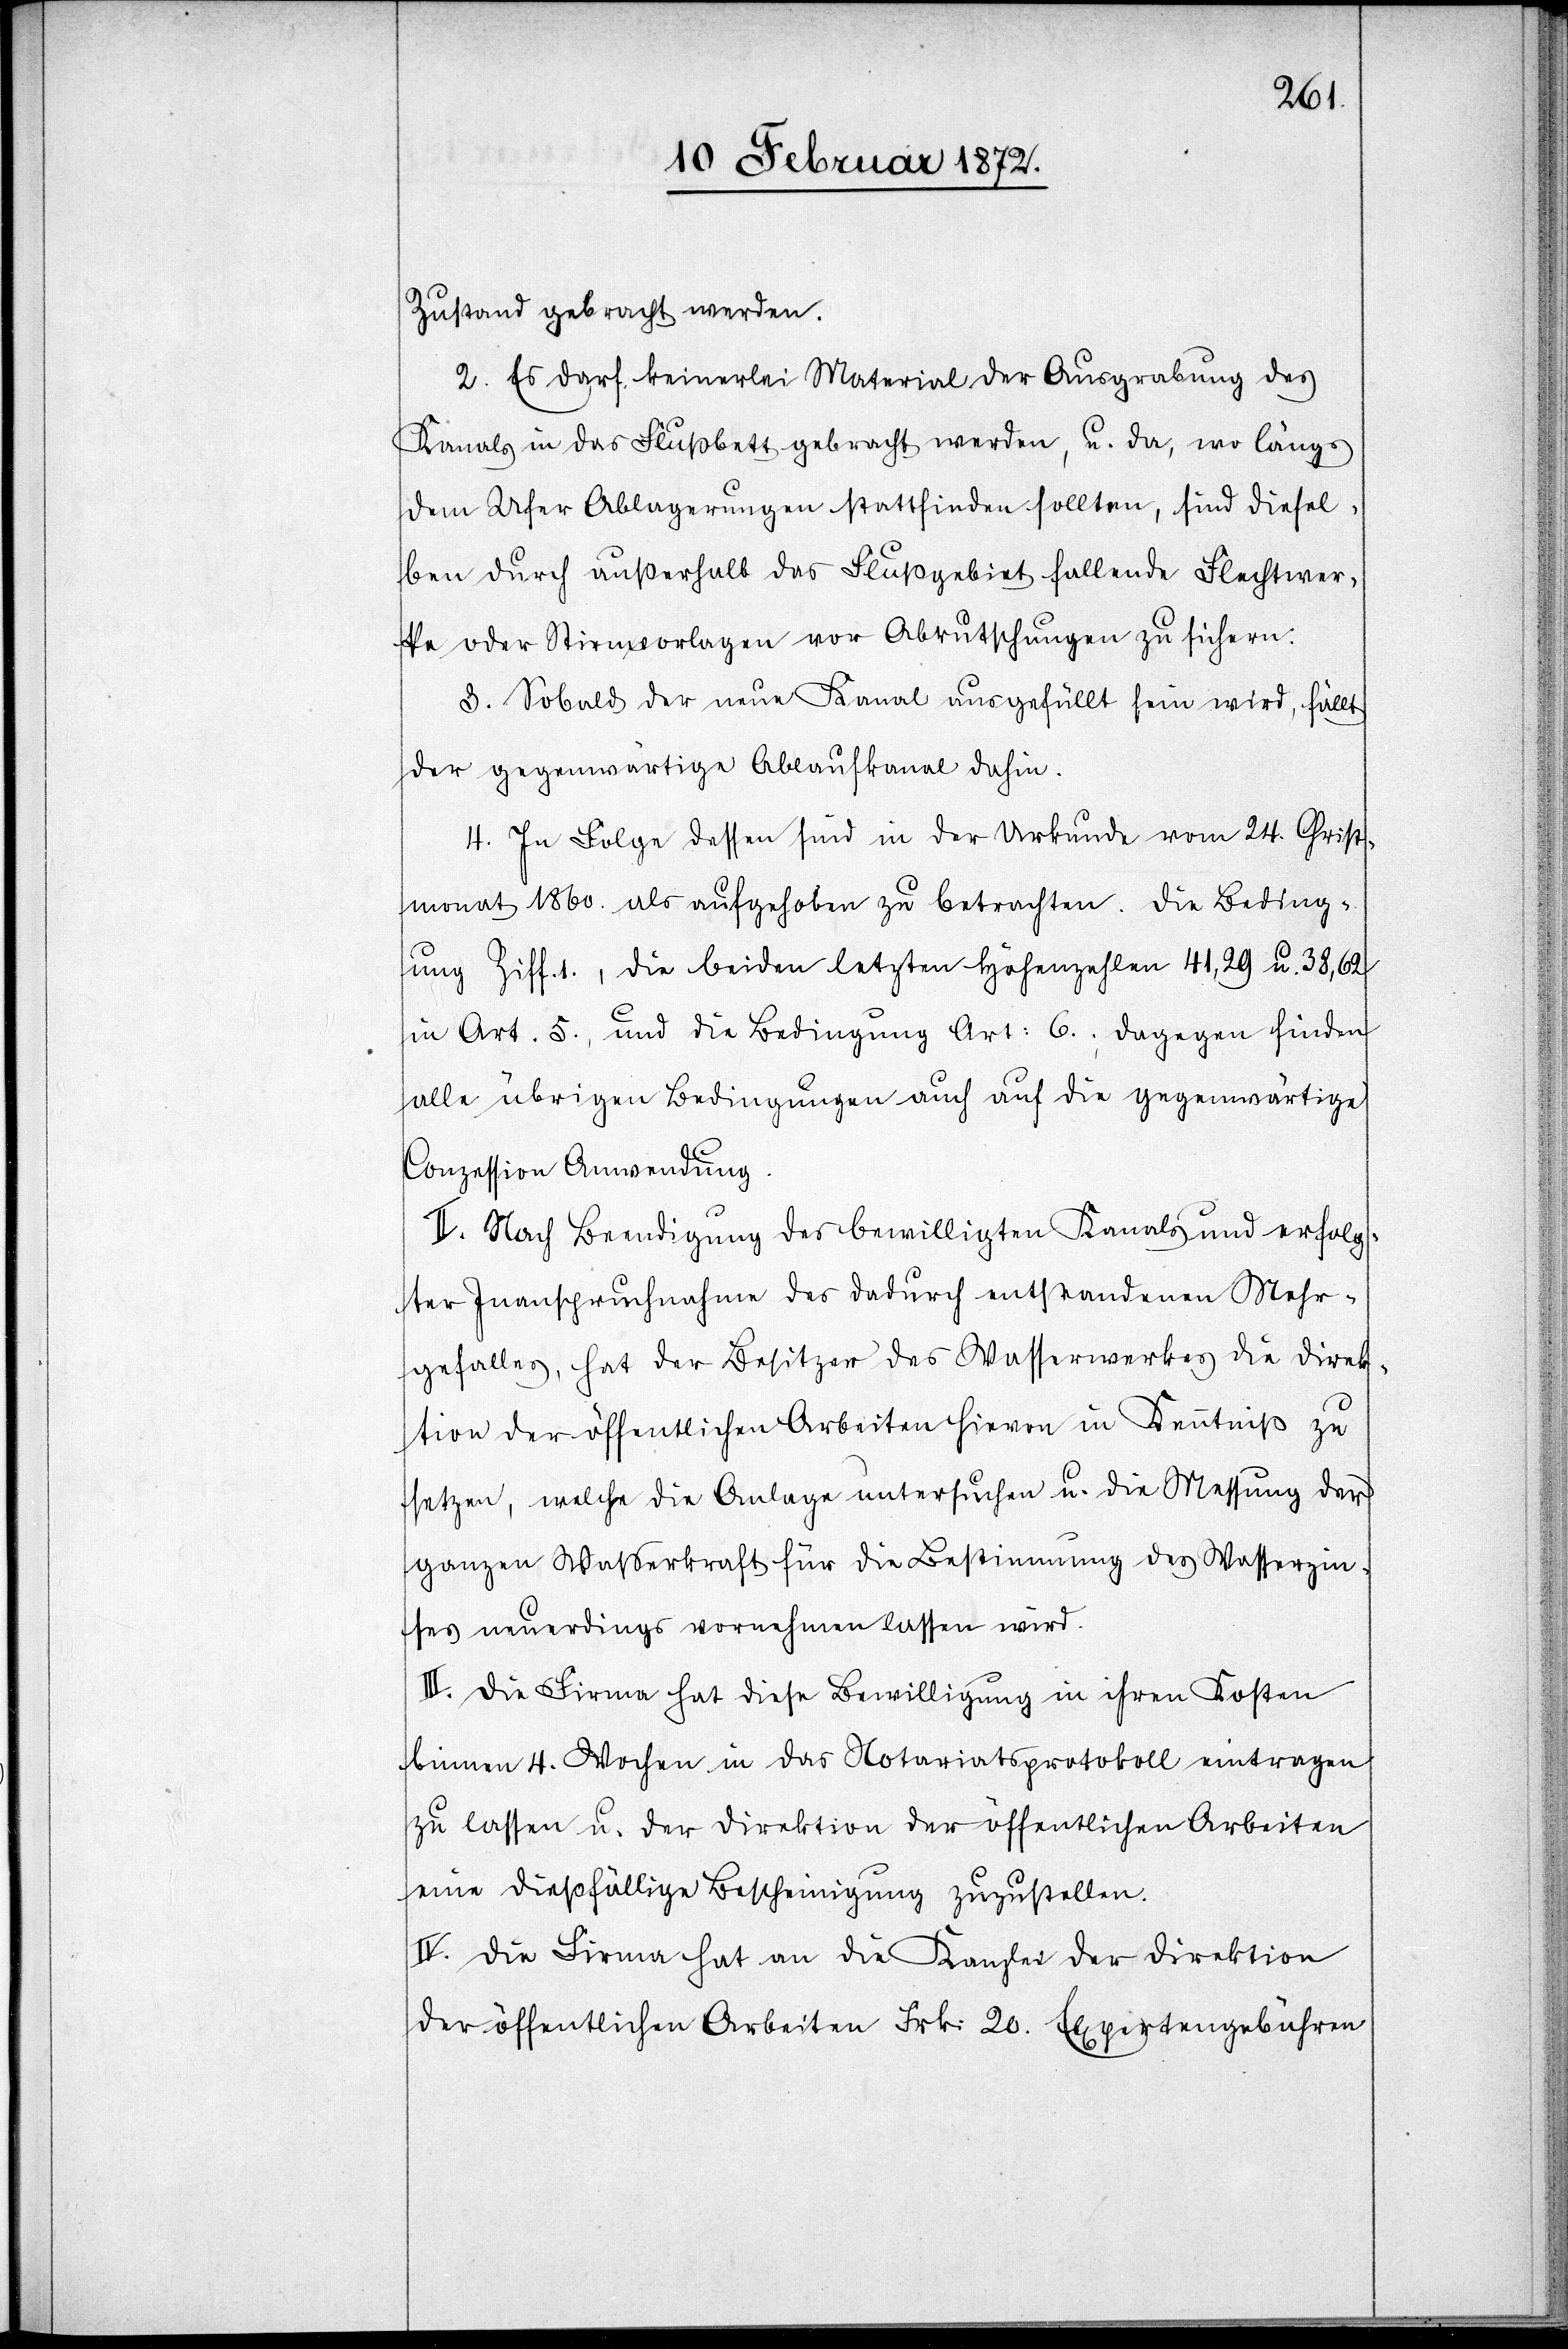
Zustand gebracht werden.
2. Es darf keinerlei Material der Ausgrabung des
Kanals in das Flußbett gebracht werden, u. da, wo längs
dem Ufer Ablagerungen stattfinden sollten, sind diesel¬
ben durch außerhalb das Flußgebiet fallende Flechtwer¬
ke oder [?Steinvorlagen] vor Abrutschungen zu sichern.
3. Sobald der neue Kanal ausgefüllt sein wird, fällt
der gegenwärtige Ablaufkanal dahin.
4. In Folge dessen sind in der Urkunde vom 24. Christ¬
monat 1860. als aufgehoben zu betrachten. Die Beding¬
ung Ziff. 1., die beiden letzten Höhenzahlen 41,29 u. 38,62
in Art. 5., und die Bedingung Art. 6.; dagegen finden
alle übrigen Bedingungen auch auf die gegenwärtige
Conzession Anwendung.
II. Nach Beendigung des bewilligten Kanals und erfolg¬
ter Inanspruchnahme des dadurch entstandenen Mehr¬
gefalles, hat der Besitzer des Wasserwerkes die Direk¬
tion der öffentlichen Arbeiten hievon in Kenntniß zu
setzen, welche die Anlage untersuchen u. die Messung der
ganzen Wasserkraft für die Bestimmung des Wasserzin¬
ses neuerdings vornehmen lassen wird.
III. Die Firma hat diese Bewilligung in ihren Kosten
binnen 4. Wochen in das Notariatsprotokoll eintragen
zu lassen u. der Direktion der öffentlichen Arbeiten
eine dießfällige Bescheinigung zuzustellen.
IV. Die Firma hat an die Kanzlei der Direktion
der öffentlichen Arbeiten Frk. 20. Expertengebühren